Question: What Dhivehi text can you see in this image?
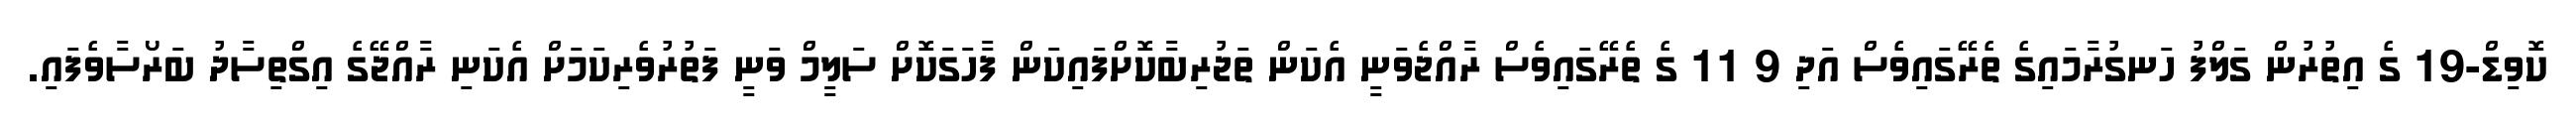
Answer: ކޮވިޑް-19 ގެ އިތުރުން ގަލްފު ހަނގުރާމައިގެ ތެރޭގައިވެސް އަދި 9 11 ގެ ތެރޭގައިވެސް ރާއްޖެވަނީ އެކަން ތަޖުރިބާކޮށްފައިކަން ފާހަގަކޮށް ސަލީމް ވަނީ ފަތުރުވެރިކަމަށް އެކަނި ރާއްޖޭގެ އިގްތިސާދު ބަރޯސާވެފައި.